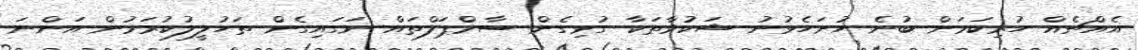
އެއްޗެއް ހުރިކަމަށް ބުނެ ހުށަހެޅުނު ޝަކުވާތަކާ ގުޅިގެން ސާމްޕަލްތައް ނަގައިގެން ތަހުލީލުކުރަމުން އަންނަ